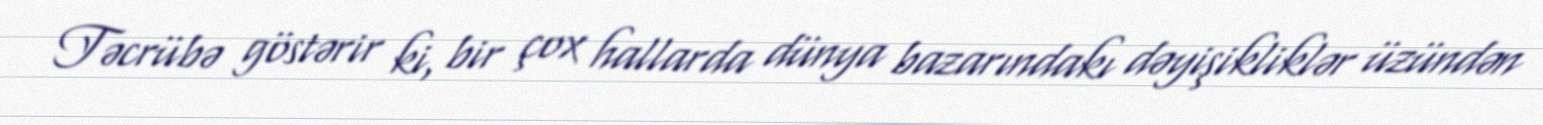
Təcrübə göstərir ki, bir çox hallarda dünya bazarındakı dəyişikliklər üzündən